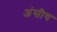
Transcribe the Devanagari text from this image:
अंसीय